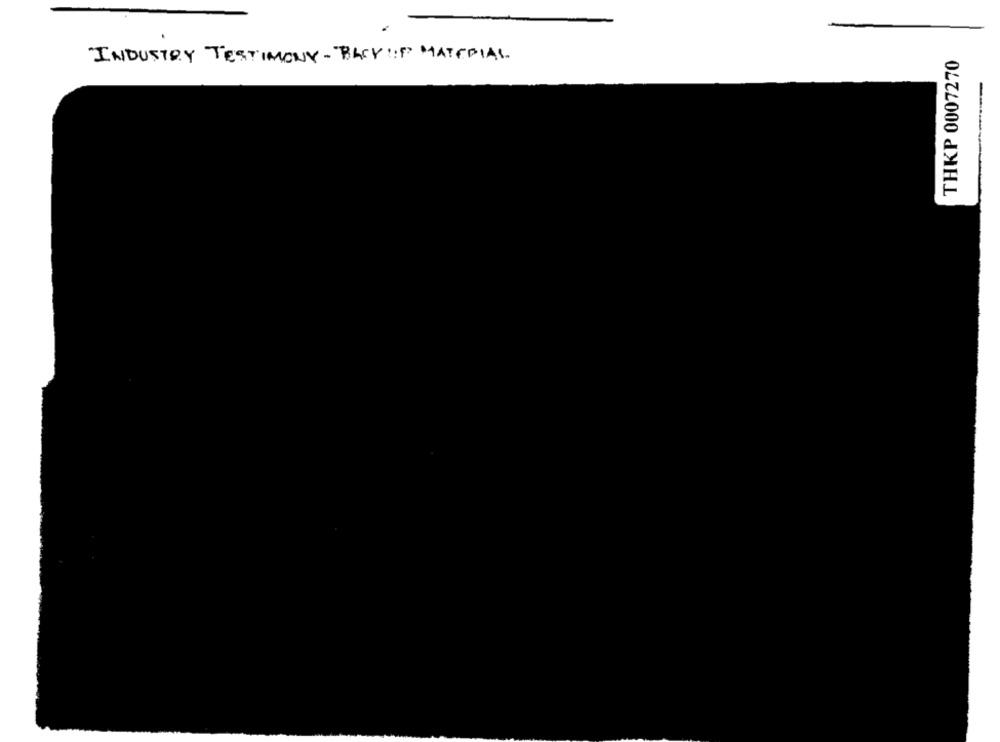
INDUSTRY TESTIMONY - BACKUP MATERIAL.
THKP 0007270